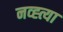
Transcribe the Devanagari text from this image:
नव्ह्त्या